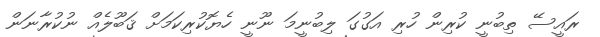
ރައީސޭ ތިބުނީ ކުރިން ހުރި އަގުގަ ލިބުނީމަ ނޫނީ ހެޔޮކުރިކަމަށް ޤަބޫލެއް ނުކުރާނަން